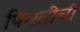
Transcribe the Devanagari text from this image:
फिरतीची